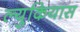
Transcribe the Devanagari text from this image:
ल्युकियास